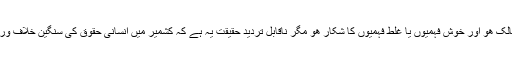
پاکستان میں ریاستی اور ریاست کے ڈھنڈورچی چاہے جتنے بھی اعلی اور ارفع رائے کے مالک ھو اور خوش فہمیوں یا غلط فہمیوں کا شکار ھو مگر ناقابل تردید حقیقت یہ ہے کہ کشمیر میں انسانی حقوق کی سنگین خلاف ورزی کا مسلہ بھارت کے گلے جبکہ دھشت گردی کا مسلہ ھمارے گلے کا طوق بن چکا ھے۔